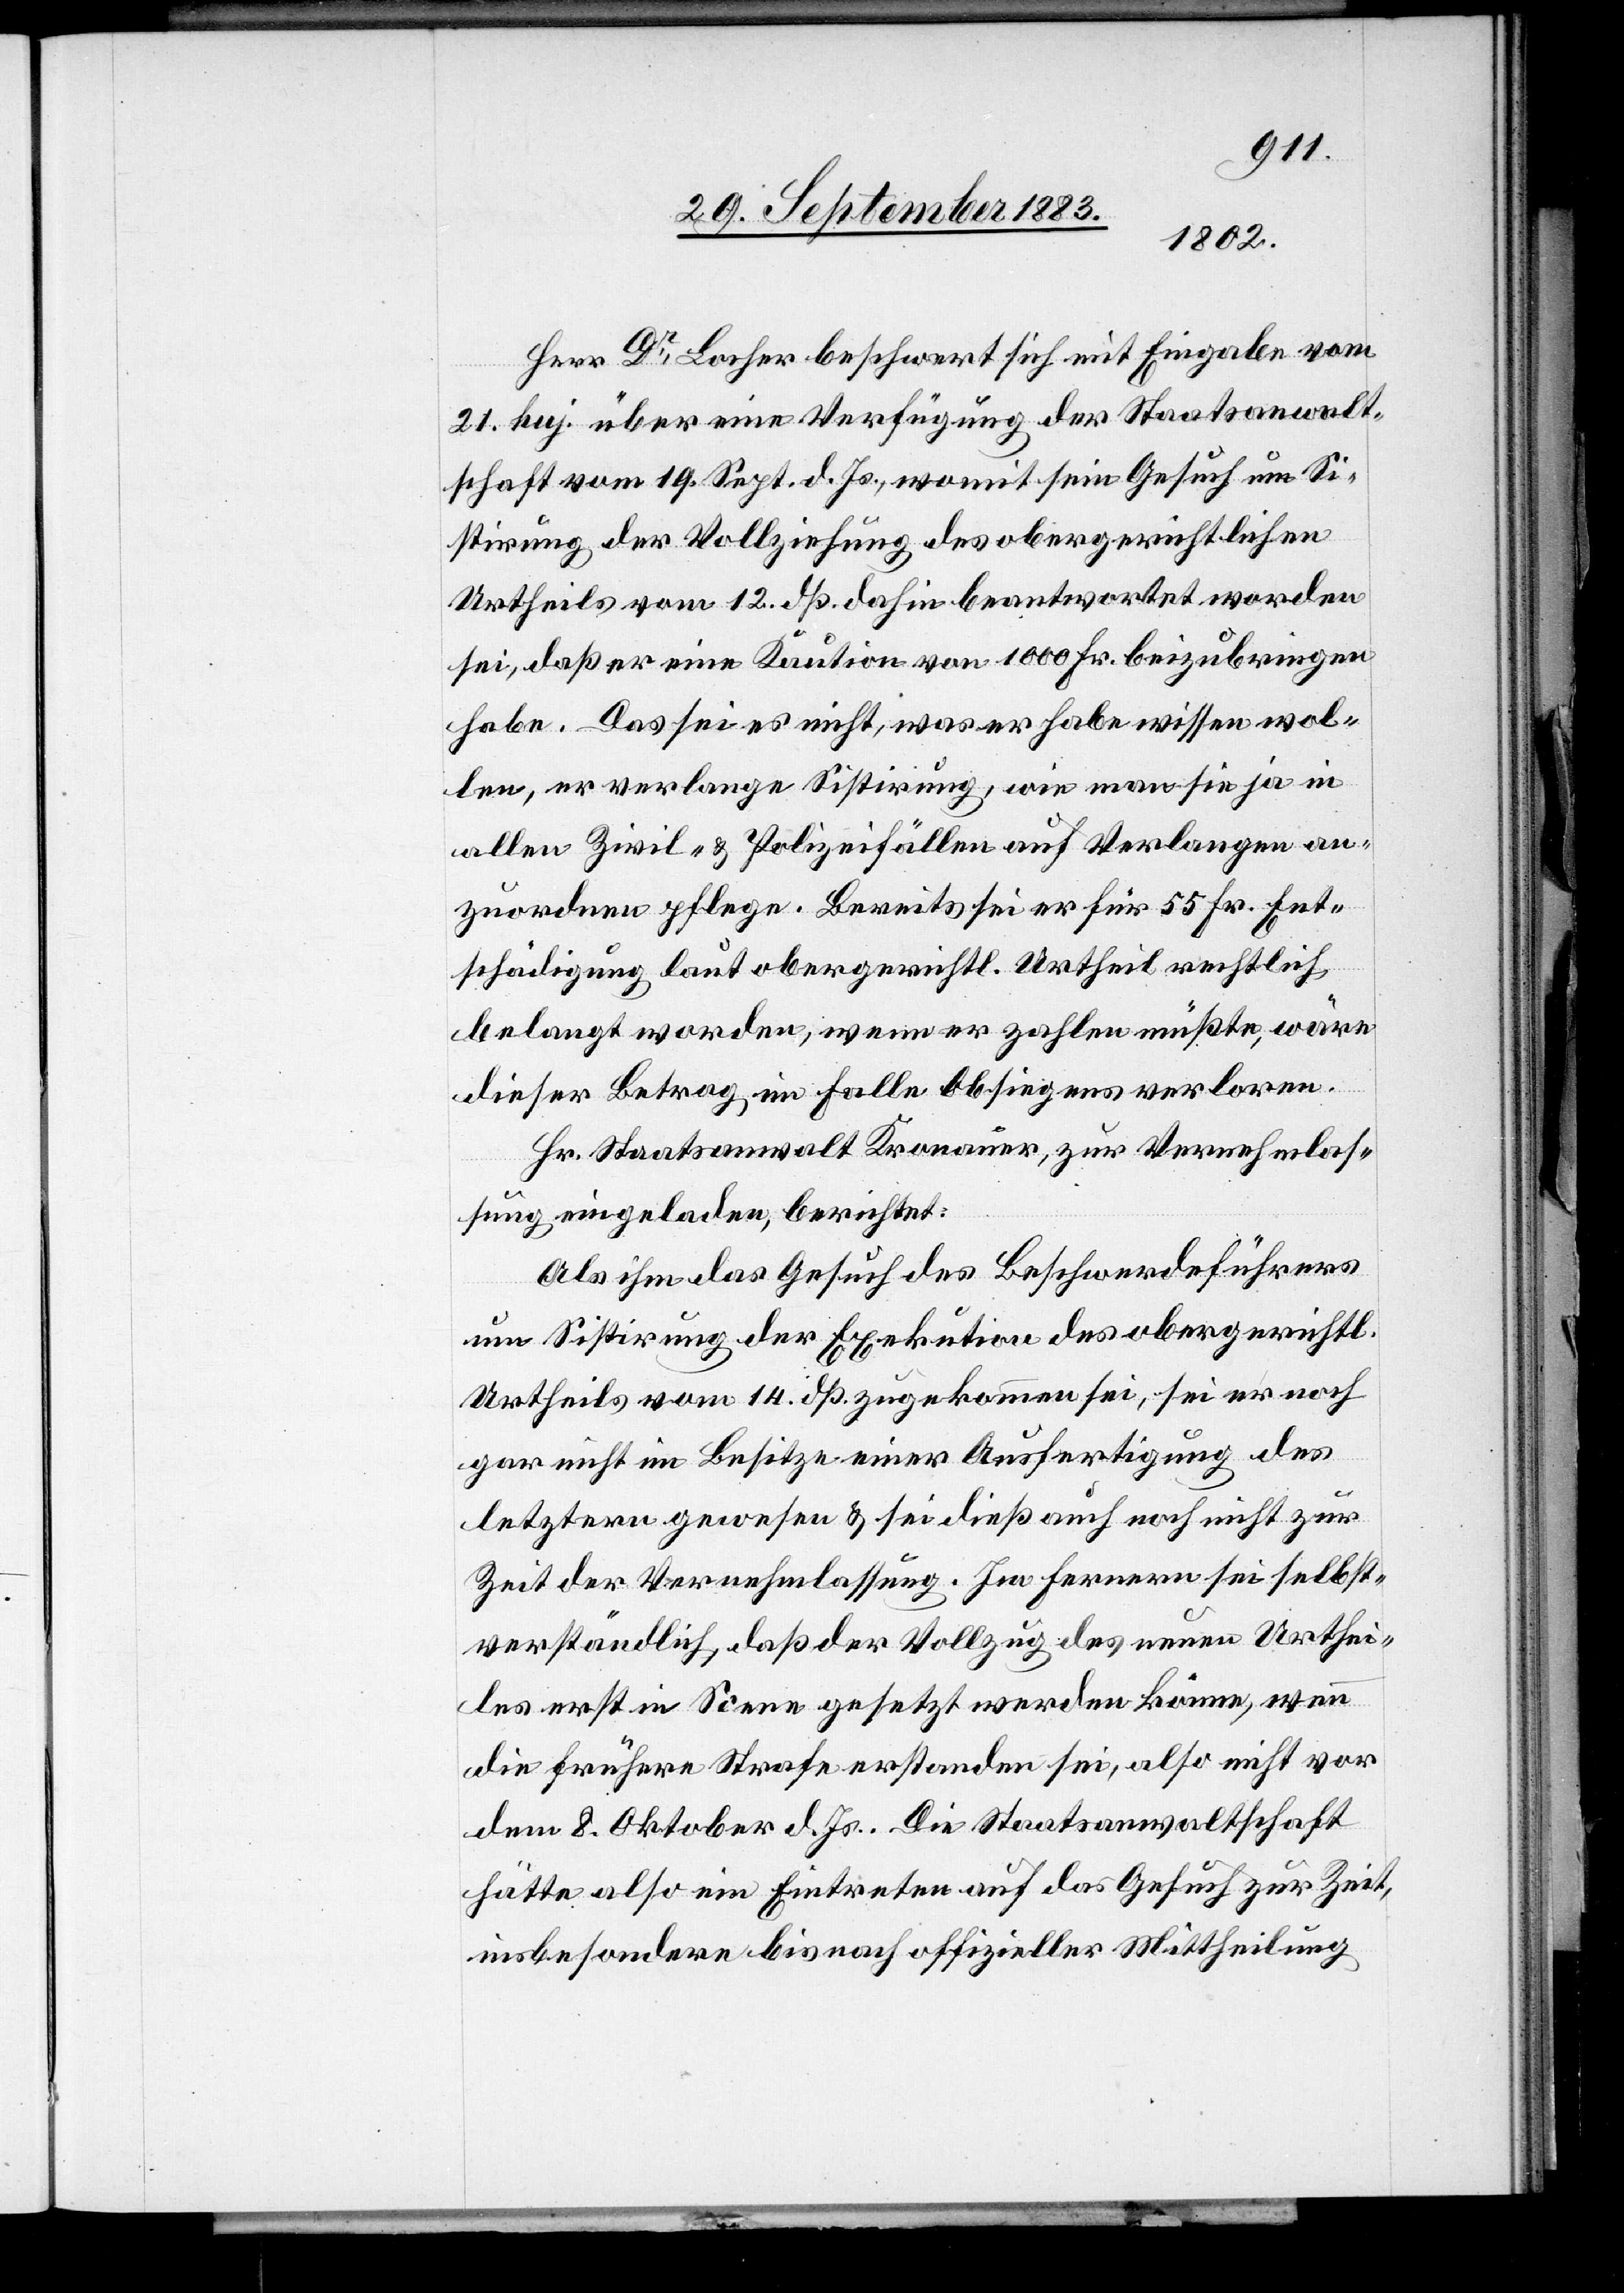
Herr Dr Locher beschwert sich mit Eingabe vom
21. huj. über eine Verfügung der Staatsanwalt¬
schaft vom 19. Sept. d. Js., womit sein Gesuch um Si¬
stirung der Vollziehung des obergerichtlichen
Urtheils vom 12. dß. dahin beantwortet worden
sei, daß er eine Kaution von 1000 Fr. beizubringen
habe. Das sei es nicht, was er habe wissen wol¬
len, er verlange Sistirung, wie man ja in
allen Zivil- & Polizeifällen auf Verlangen an¬
zuordnen pflege. Bereits sei er für 55 Fr. Ent¬
schädigung laut obergerichtl. Urtheil rechtlich
belangt worden, wenn er zahlen müßte, wäre
dieser Betrag im Falle Obsiegens verloren.
Hr. Staatsanwalt Kronauer, zur Vernehmlas¬
sung eingeladen, berichtet:
Als ihm das Gesuch des Beschwerdeführers
um Sistirung der Exekution des obergerichtl.
Urtheils vom 14. dß. zugekommen sei, sei er noch
gar nicht im Besitze einer Ausfertigung des
letzteren gewesen & sei dieß auch noch nicht zur
Zeit der Vernehmlassung. Im Fernern sei selbst¬
verständlich, daß der Vollzug des neuen Urthei¬
les erst in Scene gesetzt werden könne, wenn
die frühere Strafe erstanden sei, also nicht vor
dem 8. Oktober d. Js. Die Staatsanwaltschaft
hätte also ein Eintreten auf das Gesuch zur Zeit,
insbesondere bis nach offizieller Mittheilung